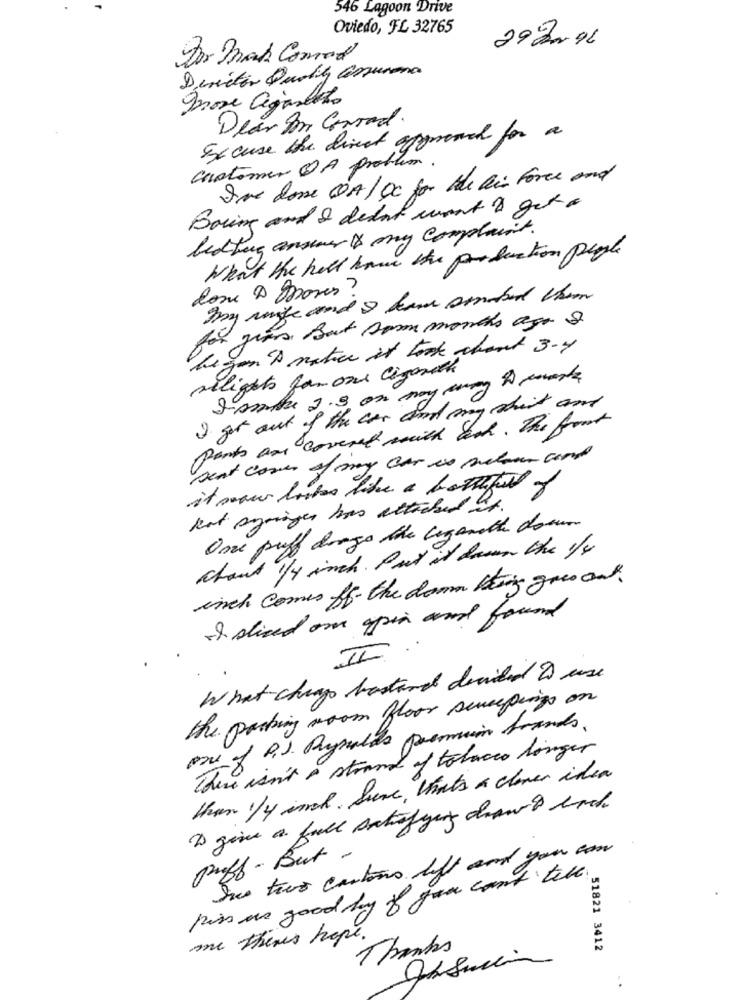
546 Lagoon Drive
Oviedo, FL 32765
2972.96
Dor mak Comed
Director Quality assurma
Irose aganheto
Dear Am Grrad.
Excuse the direct approach for a
customer A problem.
I've done QA/OC for the air force and
Boring and I dedont want to get a
lidtung answer 18 my complaint.
What the hell have the production people
Come D moves ?
my range and & kaw amabed them
for gues, But Down months ago &
he you 'A naties it took chant 3-4
silights for one Cigarette
1 my chest and
parts are covered with each. The front
I get out of.
sent cover of my car is melon and
it now brukes like a bottlefull of
kat syringer has attached it.
One puff diogo the legendthe door
chant 1/4 inch . Put it down the /f
inch comes ff. the damn thing goes out.
I sliced on opin and found
II
What chungo bastard decided & use
the parking room floor scucepings on
one of P.J. Reynolds premio brands.
There isn't a strand of tobacco longer
than 1 / 4 inch . Sure , that's a clever idea
I give a full satisfyen draw back.
She two cartons lift and you can
Proff - But.
piss us good by f you can't tele.
me there's hope.
Thanks
51821 3412